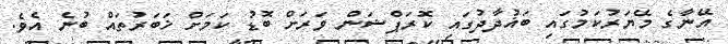
އޭނާގެ މޭޔަރުކަމުގައި ބަޣުދާދުގައި ކޮރަޕްޝަން ވަރަށް ބޮޑު ކަމަށް ޚަބަރުތައް ބުނެ އެވެ.